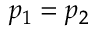
p _ { 1 } = p _ { 2 }